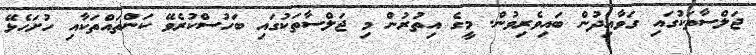
ޖަލްސާތަކުގައި ގަވާއިދުން ބައިވެރިވުން. މީގެ އިތުރުން މި ޖަލްސާތަކުގައި ބަހުސްކުރެވޭ ކަންތައްތަކާއި ހުށަހެޅޭ